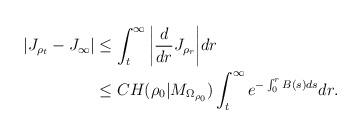
LaTeX: \begin{align*}\begin{aligned}|J_{\rho_t} - J_{\infty}| &\le\int_{t}^{\infty} \bigg|\frac{d}{dr} J_{\rho_r}\bigg|dr \\&\le C H(\rho_{0}|M_{\Omega_{\rho_{0}}})\int_{t}^{\infty}e^{-\int_{0}^{r}B(s)ds}dr.\end{aligned}\end{align*}